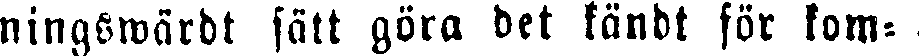
ningswärdt sätt göra det kändt för kom-